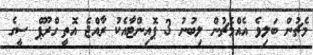
މެޗުން ބަލިވެ އެއްމެޗުން ލިބުނު 3 ޕޮއިންޓާއެކު ރާއްޖެ އޮތީ ގްރޫޕް ސީގެ